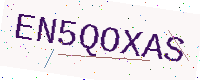
Text: EN5QOXAS